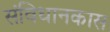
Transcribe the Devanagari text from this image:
संविधानकास